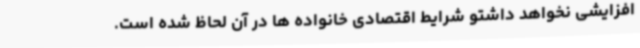
افزایشی نخواهد داشتو شرایط اقتصادی خانواده ها در آن لحاظ شده است.